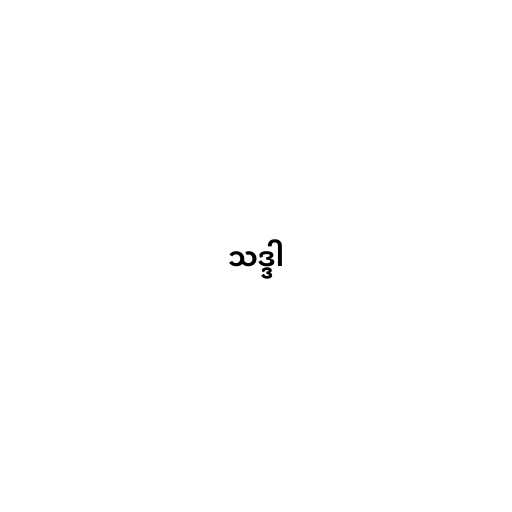
သဒ္ဒါ